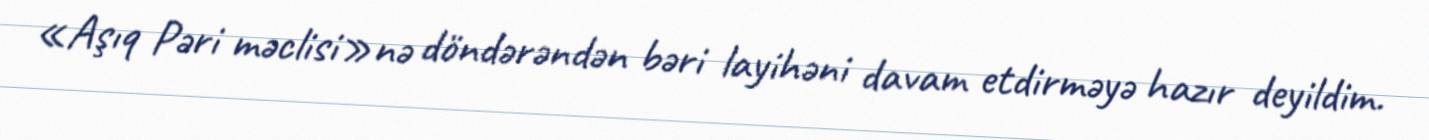
«Aşıq Pəri məclisi»nə döndərəndən bəri layihəni davam etdirməyə hazır deyildim.